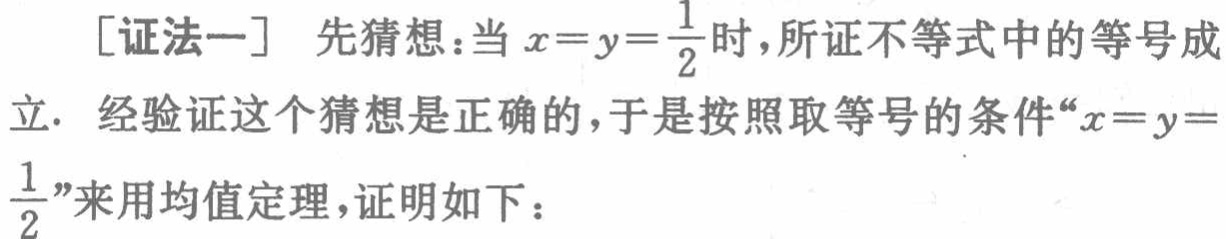
[证法一] 先猜想：当 \(x = y=\frac{1}{2}\) 时，所证不等式中的等号成立. 经验证这个猜想是正确的，于是按照取等号的条件“\(x = y=\frac{1}{2}\)”来用均值定理，证明如下：